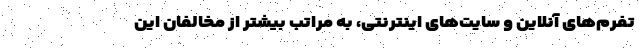
تفرم‌های آنلاین و سایت‌های اینترنتی، به مراتب بیشتر از مخالفان این